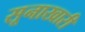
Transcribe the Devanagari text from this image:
सूनाखारी